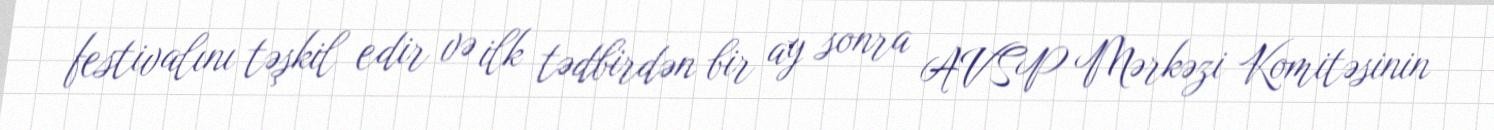
festivalını təşkil edir və ilk tədbirdən bir ay sonra AVSP Mərkəzi Komitəsinin